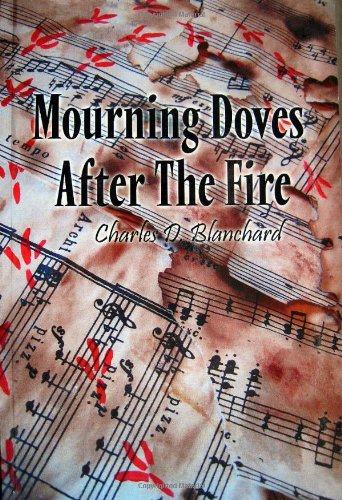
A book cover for Mourning Doves After the Fire; Charles D. Blanchard; Literature & Fiction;